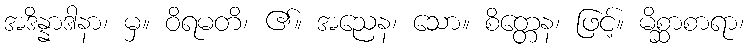
အဒိန္နာဒါနာ၊ မှ။ ဝိရမတိ၊ ၏။ အညေန၊ သော။ စိတ္တေန၊ ဖြင့်။ မိစ္ဆာစာရာ၊